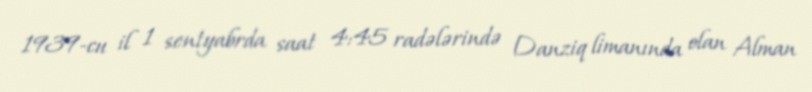
1939-cu il 1 sentyabrda saat 4:45 radələrində Danziq limanında olan Alman